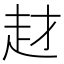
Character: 䞗